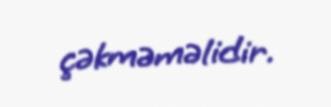
çəkməməlidir.